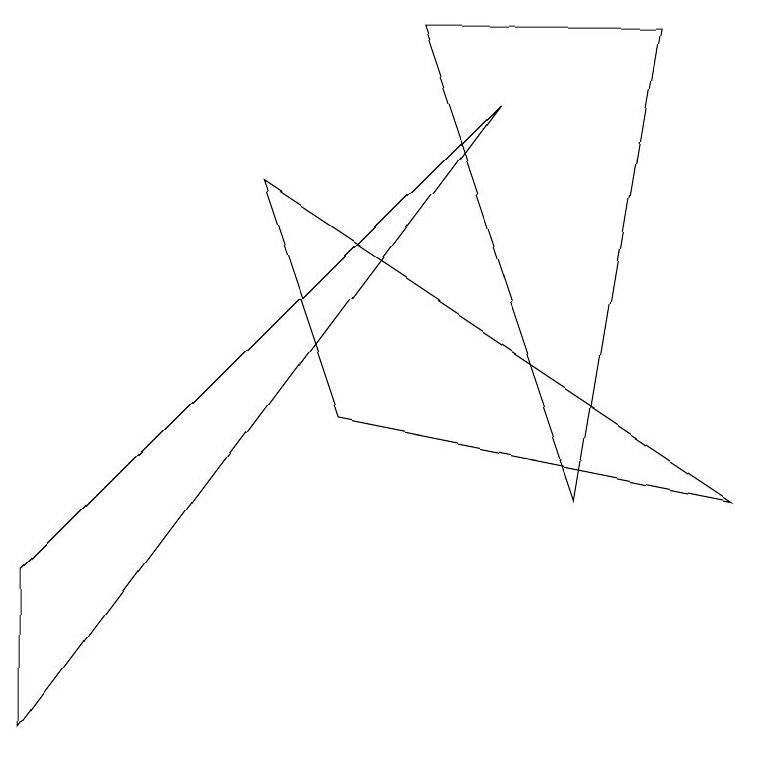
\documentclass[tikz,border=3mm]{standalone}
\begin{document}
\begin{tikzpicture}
\draw (0,0) -- (6,8) -- (0,2) -- cycle;
\draw (8,9) -- (5,9) -- (7,3) -- cycle;
\draw (4,4) -- (9,3) -- (3,7) -- cycle;
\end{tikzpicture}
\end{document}